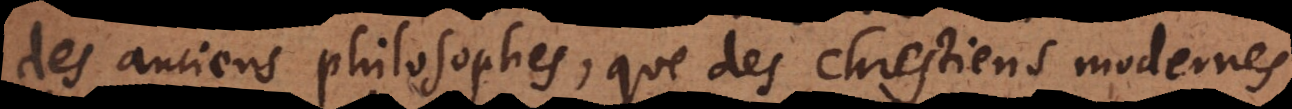
des anciens philosophes, que des chrestiens modernes